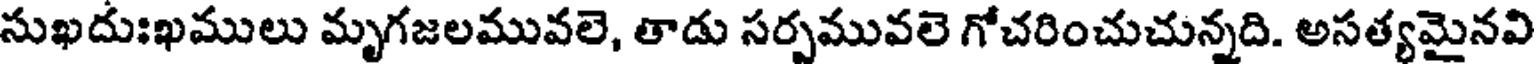
సుఖదుఃఖములు మృగజలమువలె, తాడు సర్పమువలె గోచరించుచున్నది. అసత్యమైనవి